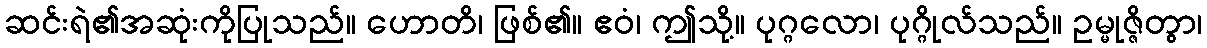
ဆင်းရဲ၏အဆုံးကိုပြုသည်။ ဟောတိ၊ ဖြစ်၏။ ဧဝံ၊ ဤသို့။ ပုဂ္ဂလော၊ ပုဂ္ဂိုလ်သည်။ ဥမ္မုဇ္ဇိတွာ၊